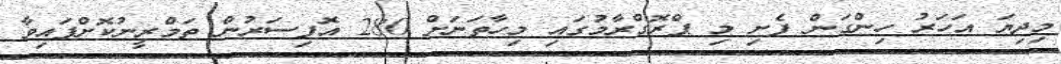
މިދިޔަ އަހަރު ހިންގަން ފެށި މި ޕްރޮގްރާމުގައި މިހާތަނަށް 280 އޮފިސަރުން ތަމްރީނުކޮށްފައިވާ